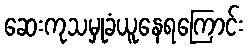
ဆေးကုသမှုခံယူနေရကြောင်း